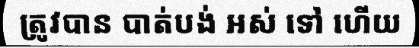
ត្រូវបាន បាត់បង់ អស់ ទៅ ហើយ